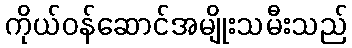
ကိုယ်ဝန်ဆောင်အမျိုးသမီးသည်